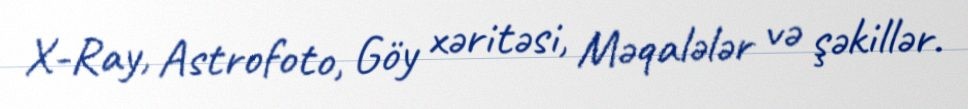
X-Ray, Astrofoto, Göy xəritəsi, Məqalələr və şəkillər.